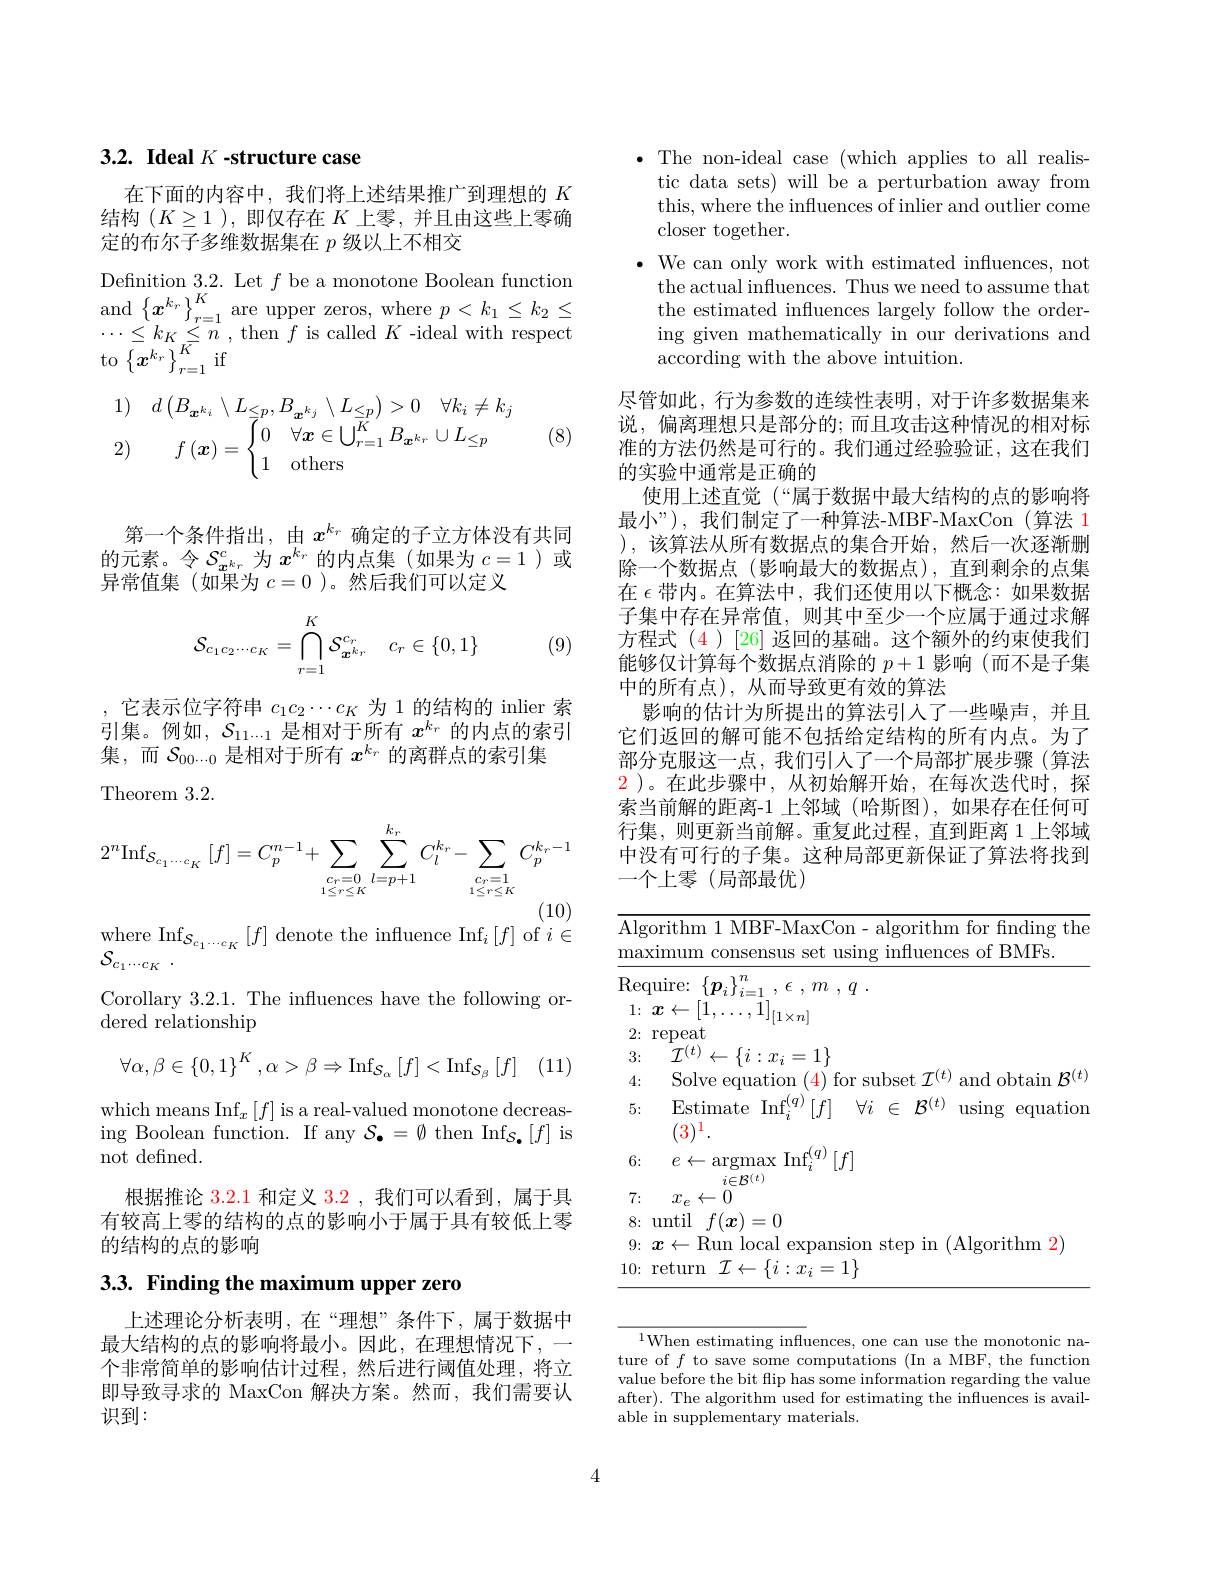
# 3.2. Ideal $K\textbf{- structure case}$

在下面的内容中，我们将上述结果推广到理想的$K$ 结构$(K\geq1)$,即仅存在$K$上零，并且由这些上零确定的布尔子多维数据集在$p$级以上不相交

Definition 3.2. Let $f$ be a monotone Boolean function and$\left\{\boldsymbol{x}^{k_{r}}\right\}_{r=1}^{K}$are upper zeros, where $p<k_1\leq k_2\leq$ $\cdots\leq k_{K}\leq n$ , then $f$ is called $K$ -ideal with respect to$\left\{\boldsymbol{x}^{k_r}\right\}_{r=1}^{K}$if
$$\begin{aligned}&1)\quad d\left(B_{\boldsymbol{x}^{k_{i}}}\setminus L_{\leq p},B_{\boldsymbol{x}^{k_{j}}}\setminus L_{\leq p}\right)>0\quad\forall k_{i}\neq k_{j}\\&2)\quad f\left(\boldsymbol{x}\right)=\begin{cases}0&\forall\boldsymbol{x}\in\bigcup_{r=1}^{K}B_{\boldsymbol{x}^{k_{r}}}\cup L_{\leq p}\\1&\mathrm{others}\end{cases}\end{aligned}$$
(8)

第一个条件指出，由$x^{k_r}$确定的子立方体没有共同的元素。令$S_{x^{k_r}}^c$为$x^k_r$的内点集(如果为$c=1$ )或异常值集(如果为$c=0$ )。然后我们可以定义
$$\mathcal{S}_{c_1c_2\cdots c_K}=\bigcap\limits_{r=1}^K\mathcal{S}_{\boldsymbol{x}^{k_r}}^{c_r}\quad c_r\in\{0,1\}$$
(9)

,它表示位字符串$c_1c_2\cdots c_K$为1的结构的 inlier 索引集。例如，$\mathcal{S}_11\cdots1$是相对于所有$x^k_r$的内点的索引集，而$\mathcal{S}_00...0$是相对于所有$x^k_r$的离群点的索引集
Theorem 3. 2.
$$2^n\mathrm{Inf}_{S_{c_1\cdots c_K}}\:[f]=C_p^{n-1}+\sum_{\substack{c_r=0\\1\leq r\leq K}}\sum_{l=p+1}^{k_r}C_l^{k_r}-\sum_{\substack{c_r=1\\1\leq r\leq K}}C_p^{k_r-1}$$
$\operatorname*{where}\operatorname*{Inf}_{\mathcal{S}_{c_{1}\cdots c_{K}}}\left[f\right]$denote the influence Inf$_i\left[f\right]$of $i\in$

$\mathcal{S} _{c_1\cdots c_K}$ .
Corollary 3.2.1. The influences have the following or-
dered relationship

(11)
$$\forall\alpha,\beta\in\left\{0,1\right\}^K,\alpha>\beta\Rightarrow\mathrm{Inf}_{\mathcal{S}_\alpha}\left[f\right]<\mathrm{Inf}_{\mathcal{S}_\beta}\left[f\right]$$
which means $\operatorname*{Inf}_x\left[f\right]$is a real-valued monotone decreasing Boolean function. If any $\mathcal{S}_\bullet=\emptyset$ then Inf$_{\mathcal{S}_\bullet}[f]$ is not defined.
根据推论 3.2.1 和定义$\color{red}{3.2}$ ,我们可以看到，属于具有较高上零的结构的点的影响小于属于具有较低上零的结构的点的影响

3.3. Finding the maximum upper zero

上述理论分析表明，在“理想”条件下，属于数据中最大结构的点的影响将最小。因此，在理想情况下，一个非常简单的影响估计过程，然后进行阈值处理，将立即导致寻求的 MaxCon 解决方案。然而，我们需要认识到：

$\bullet$ The non-ideal case (which applies to all realis-
tic data sets) will be a perturbation away from this, where the influences of inlier and outlier come closer together.
$\bullet$ We can only work with estimated influences, not
the actual influences. Thus we need to assume that the estimated influences largely follow the ordering given mathematically in our derivations and according with the above intuition.

尽管如此，行为参数的连续性表明，对于许多数据集来说，偏离理想只是部分的；而且攻击这种情况的相对标准的方法仍然是可行的。我们通过经验验证，这在我们的实验中通常是正确的
使用上述直觉 (“属于数据中最大结构的点的影响将最小”),我们制定了一种算法-MBF-MaxCon(算法 1 ),该算法从所有数据点的集合开始，然后一次逐渐删除一个数据点(影响最大的数据点),直到剩余的点集在$\epsilon$带内。在算法中，我们还使用以下概念：如果数据子集中存在异常值，则其中至少一个应属于通过求解方程式 (4)[26] 返回的基础。这个额外的约束使我们能够仅计算每个数据点消除的$p+1$影响(而不是子集中的所有点),从而导致更有效的算法
影响的估计为所提出的算法引入了一些噪声，并且它们返回的解可能不包括给定结构的所有内点。为了部分克服这一点，我们引人了一个局部扩展步骤(算法$\color{red}2$ )。在此步骤中，从初始解开始，在每次迭代时，探索当前解的距离-1 上邻域 (哈斯图),如果存在任何可行集，则更新当前解。重复此过程，直到距离 1上邻域中没有可行的子集。这种局部更新保证了算法将找到一个上零(局部最优)

<table>
	<tbody>
		<tr>
			<th>Alg $ma$</th>
			<th>orithm 1 MBF-MaxCon - algorithm for finding the ximum consensus set using influences of BMFs. </th>
		</tr>
		<tr>
			<td>Rec</td>
			<td>$11r\rho$ T</td>
		</tr>
		<tr>
			<td>1: </td>
			<td>7.</td>
		</tr>
		<tr>
			<td>2:</td>
			<td>repeat</td>
		</tr>
		<tr>
			<td>3:</td>
			<td>$\mathcal{I}^{(t)}\leftarrow\{i:x_{i}=1\}$</td>
		</tr>
		<tr>
			<td>4: </td>
			<td>Solve equation (4)for subset$\mathcal{T}^(t)$ $\mathop{\mathrm{and~obtain~}}\mathcal{B}^{(t)}$</td>
		</tr>
		<tr>
			<td>5:</td>
			<td>Estimate Inf$_i^(q)[f]$ $\forall i\in\mathcal{B}^{(t)}$ using equation $(3)^{1}.$</td>
		</tr>
		<tr>
			<td>6:</td>
			<td>$e\leftarrow$argmax Inf$_i^(q)[f]$</td>
		</tr>
		<tr>
			<td>7:</td>
			<td>$i\in\mathcal{D}^{(\nu)}$ $x_{\rho}\leftarrow0$</td>
		</tr>
		<tr>
			<td></td>
			<td>$f(\boldsymbol{x})=0$ lintil</td>
		</tr>
		<tr>
			<td>9:</td>
			<td>$R_{\mathrm{llm}}$ 1 $|\alpha ca|$ (A| gorithm $1\boldsymbol{\Upsilon}$ 1</td>
		</tr>
		<tr>
			<td>10:</td>
			<td>return $\mathcal{I}\leftarrow\{i:x_{i}$ $s_{i}=1\}$</td>
		</tr>
	</tbody>
</table>

$^{1}$When estimating influences, one can use the monotonic nature of $f$ to save some computations (In a MBF, the function value before the bit flip has some information regarding the value after). The algorithm used for estimating the influences is available in supplementary materials.

4